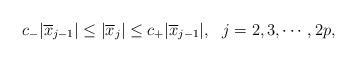
LaTeX: \begin{align*}c_{-}|\overline{x}_{j-1}|\leq|\overline{x}_{j}|\leq c_{+}|\overline{x}_{j-1}|,\ \ j=2,3,\cdots,2p,\end{align*}